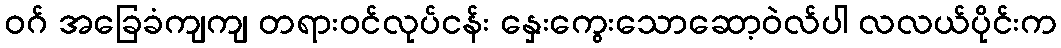
ဝဂ် အခြေခံကျကျ တရားဝင်လုပ်ငန်း နှေးကွေးသောဆော့ဝဲလ်ပါ လလယ်ပိုင်းက